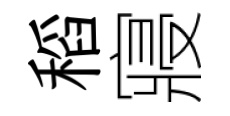
稻寢